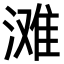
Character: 滩